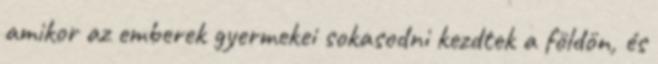
amikor az emberek gyermekei sokasodni kezdtek a földön, és